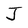
Character: j